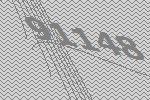
91148